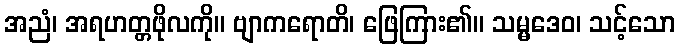
အညံ၊ အရဟတ္တဖိုလကို။ ဗျာကရောတိ၊ ဖြေကြား၏။ သမ္မဒေဝ၊ သင့်သော